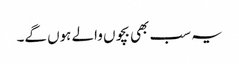
یہ سب بھی بچوں والے ہوں گے۔